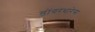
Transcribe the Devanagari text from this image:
डोंगरधारेस